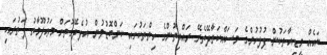
ބައެއް މީޑިއާތަކުން ފުލުހުންގެ މަސައްކަތާދޭތެރޭ ރައްޔިތުންގެ ހިތްތަކުގައި ކަންބޮޑުވުން އުފެދޭގޮތަށް މަޢުލޫމާތު ފަތުރައި